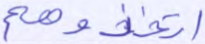
اتخذوهم